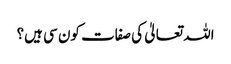
اللہ تعالیٰ کی صفات کون سی ہیں؟